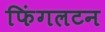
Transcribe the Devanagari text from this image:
फिंगलटन